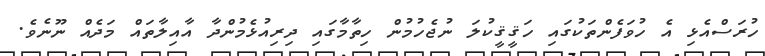
ހުރަސްއެޅި އެ ހުވަފެންތަކުގައި ހަޤީޤީކުލަ ނުޖެހުމުން ހިތާމާގައި ދިރިއުޅެމުންދާ އާއިލާތައް މަދެއް ނޫނެވެ.